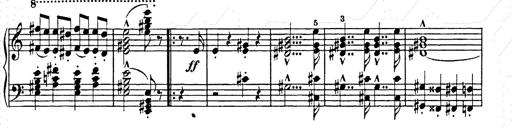
Title: Hungarian Rhapsody No.15
Composer: Franz Liszt
Key: A minor